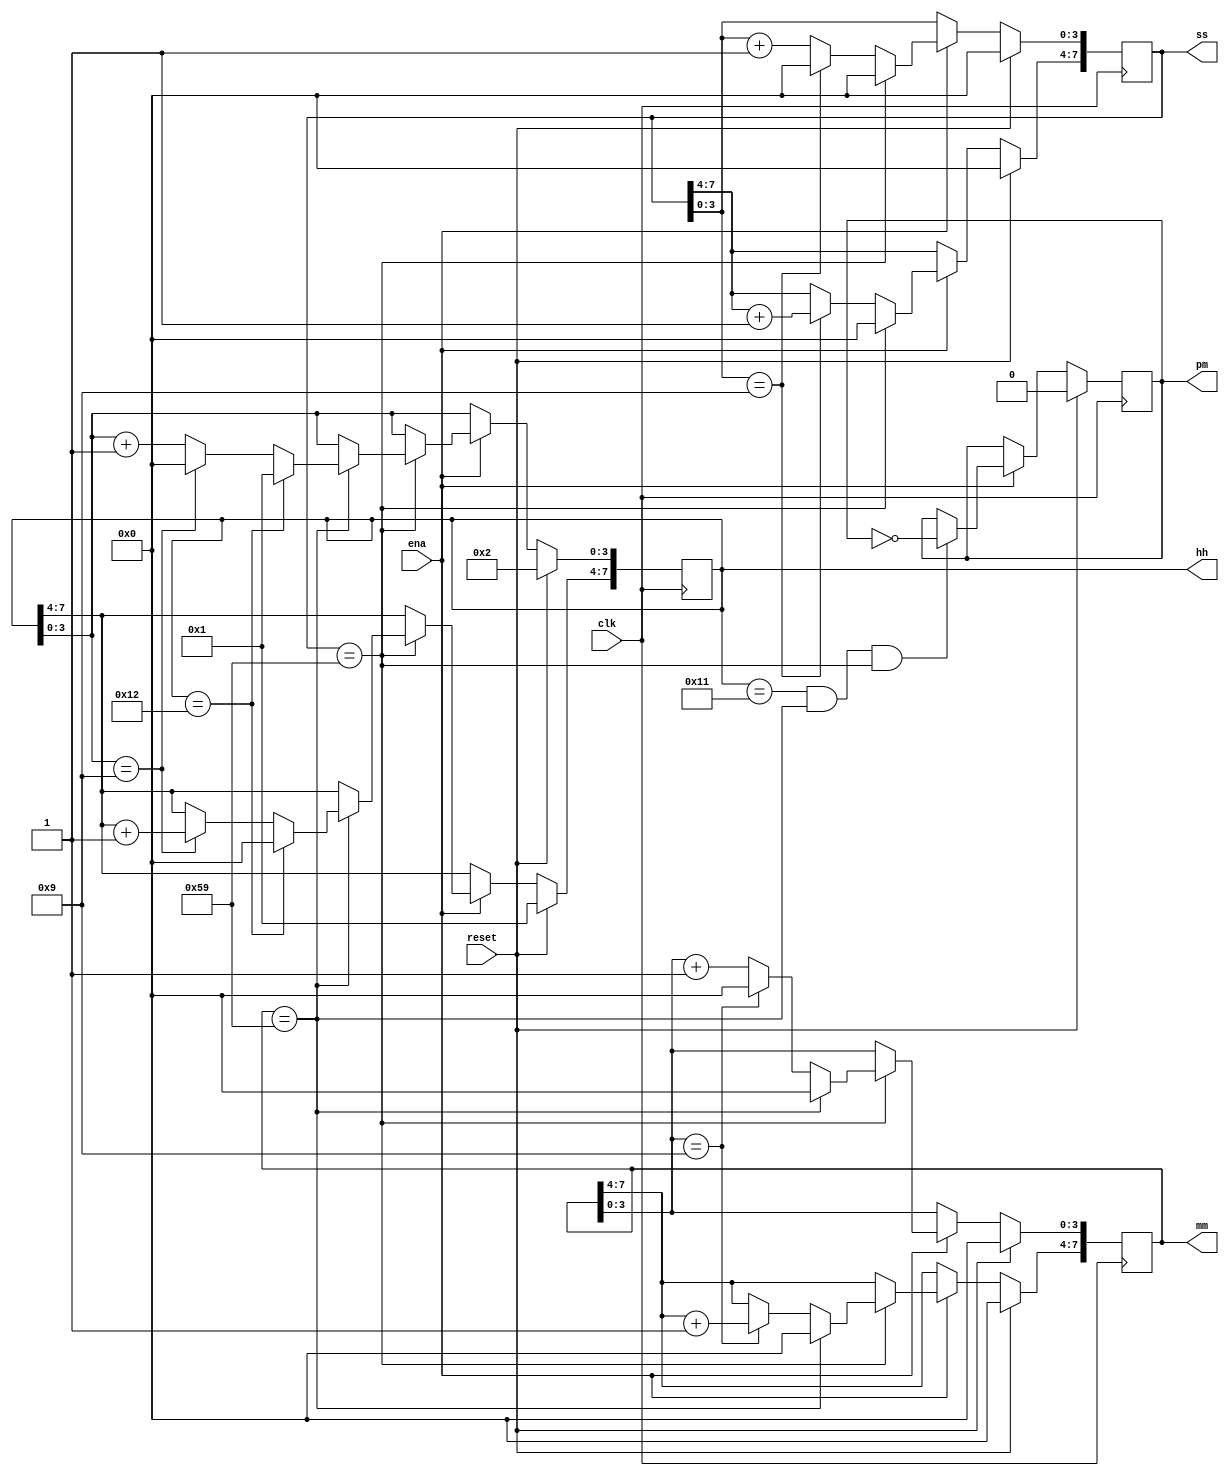
module top_module(
    input clk,
    input reset,
    input ena,
    output pm,
    output [7:0] hh,
    output [7:0] mm,
    output [7:0] ss); 
    
    always@(posedge clk) begin
        if (reset) begin
            hh <= 8'h12;
        	mm <= 0;
        	ss <= 0;
        	pm <= 0;
        end
        else begin
            if (ena) begin
                pm <= (hh == 8'h11 && mm == 8'h59 && ss == 8'h59)? ~pm : pm;
                if (ss == 8'h59) begin // ss = 59
                    ss <= 0;
                    
                    if (mm == 8'h59) begin // mm = 59
                        mm <= 0;
                        
                        if (hh == 8'h12) begin
                            hh <= 8'h01;
                        end
                        
                        else begin
                            if (hh[3:0] == 4'd9) begin
                                hh[3:0] <= 0;
                                hh[7:4] <= hh[7:4] + 4'd1;
                            end
                            else 
                                hh[3:0] <= hh[3:0] + 4'd1;  
                        end
         
                    end
                    else begin
                        if (mm[3:0] == 4'd9) begin
                            mm[3:0] <= 0;
                            mm[7:4] <= mm[7:4] + 4'd1;
                        end
                        else 
                            mm[3:0] <= mm[3:0] + 4'd1; 
                    end
                    
                    
                end
                else begin
                    if (ss[3:0] == 4'd9) begin
                        ss[3:0] <= 0;
                        ss[7:4] <= ss[7:4] + 4'd1;
                    end
                    else 
                        ss[3:0] <= ss[3:0] + 4'd1;
                end
            end   
        end
        
        
    end
    
    

endmodule